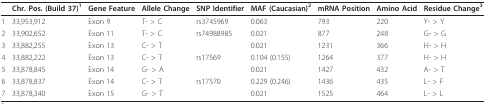
<table><thead><tr><td></td><td><b>Chr. Pos. (Build 37)<sup>1</sup></b></td><td><b>Gene Feature</b></td><td><b>Allele Change</b></td><td><b>SNP Identifier</b></td><td><b>MAF (Caucasian)<sup>2</sup></b></td><td><b>mRNA Position</b></td><td><b>Amino Acid</b></td><td><b>Residue Change<sup>3</sup></b></td></tr></thead><tbody><tr><td>1</td><td>33,953,912</td><td>Exon 9</td><td>T- &gt; C</td><td>rs3745969</td><td>0.063</td><td>793</td><td>220</td><td>Y- &gt; Y</td></tr><tr><td>2</td><td>33,902,652</td><td>Exon 11</td><td>T- &gt; C</td><td>rs74988985</td><td>0.021</td><td>877</td><td>248</td><td>G- &gt; G</td></tr><tr><td>3</td><td>33,882,255</td><td>Exon 13</td><td>C- &gt; T</td><td></td><td>0.021</td><td>1231</td><td>366</td><td>H- &gt; H</td></tr><tr><td>4</td><td>33,882,222</td><td>Exon 13</td><td>C- &gt; T</td><td>rs17569</td><td>0.104 (0.155)</td><td>1264</td><td>377</td><td>H- &gt; H</td></tr><tr><td>5</td><td>33,878,845</td><td>Exon 14</td><td>G- &gt; A</td><td></td><td>0.021</td><td>1427</td><td>432</td><td>A- &gt; T</td></tr><tr><td>6</td><td>33,878,837</td><td>Exon 14</td><td>C- &gt; T</td><td>rs17570</td><td>0.229 (0.246)</td><td>1436</td><td>435</td><td>L- &gt; F</td></tr><tr><td>7</td><td>33,878,340</td><td>Exon 15</td><td>G- &gt; T</td><td></td><td>0.021</td><td>1525</td><td>464</td><td>L- &gt; L</td></tr></tbody></table>